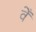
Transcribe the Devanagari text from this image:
वेँ